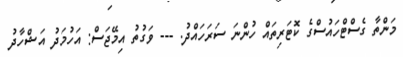
މަންތާ ގެސްޓްހައުސްގެ ކޮޓަރިތައް ހުންނަ ސަރަހައްދު. --- ވަގުތު އިމޭޖަސް: އަހުމަދު އަޝްހާދު